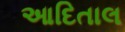
આદિતાલ